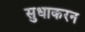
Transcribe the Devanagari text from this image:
सुधाकरन